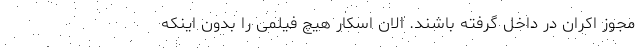
مجوز اکران در داخل گرفته باشند. الان اسکار هیچ فیلمی را بدون اینکه